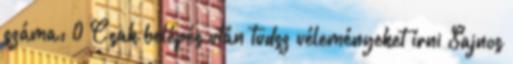
száma: 0 Csak belépés után tudsz véleményeket írni Sajnos